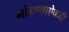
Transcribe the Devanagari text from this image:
मांडण्याऐवजी